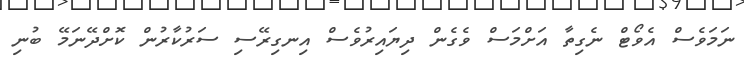
ނަމަވެސް އެވޯޓް ނެގިތާ އަށްމަސް ވެގެން ދިޔައިރުވެސް އިނގިރޭސި ސަރުކާރުން ކޮށްދޭނަމޭ ބުނި